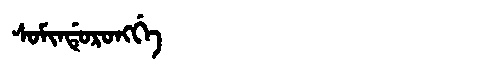
Manchu: ᠰᠣᠮᡳᠨᡩᡠᡵᠣᠩᡤᡝ
Romanization: SOMINDURONGGE